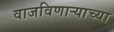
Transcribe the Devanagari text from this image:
वाजविणाऱ्याच्या